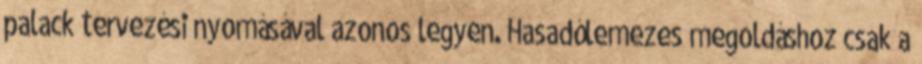
palack tervezési nyomásával azonos legyen. Hasadólemezes megoldáshoz csak a